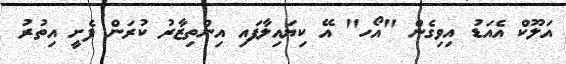
އަލޫކް އެއަޑު އިވިގެން "އޯހ" އޭ ކިޔައިލާފައި އިންތިޒާރު ކުރަން ފެށީ އިތުރު